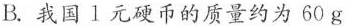
B.我国1元硬币的质量约为60g